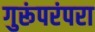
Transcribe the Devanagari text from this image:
गुरूंपरंपरा